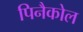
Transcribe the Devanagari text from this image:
पिनैकोल